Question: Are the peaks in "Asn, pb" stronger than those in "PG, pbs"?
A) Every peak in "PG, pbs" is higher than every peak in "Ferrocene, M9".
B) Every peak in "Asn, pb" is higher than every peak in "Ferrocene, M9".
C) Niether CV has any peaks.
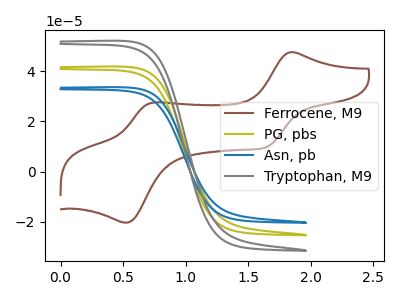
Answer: <think>The brown curve "Ferrocene, M9" has anodic peaks at (1.85V, 47.60uA) (0.75V, 27.55uA) and cathodic peaks at (1.65V, 9.70uA) (0.55V, -20.25uA). The olive curve "PG, pbs" has no peaks. The blue curve "Asn, pb" has no peaks. The gray curve "Tryptophan, M9" has no peaks.</think>
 <answer>C) Niether CV has any peaks.</answer>
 <eval>C</eval>